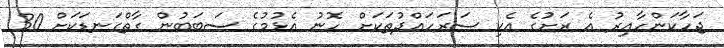
ޖަހާކަންހާއިރު އެ ރަށުގެ އެކި ސަރަހައްދުތަކަށް ހޮނު އެޅުމުގެ ސަބަބުން ގާތްގަނޑަކަށް 30